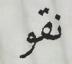
نقو